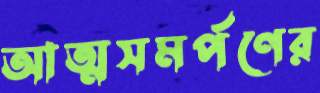
আত্মসমর্পণের